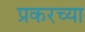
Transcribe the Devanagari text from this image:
प्रकरच्या